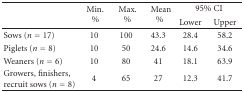
<table><thead><tr><td rowspan="2"></td><td rowspan="2"><b>Min. %</b></td><td rowspan="2"><b>Max. %</b></td><td rowspan="2"><b>Mean %</b></td><td colspan="2"><b>95% CI</b></td></tr><tr><td><b>Lower</b></td><td><b>Upper</b></td></tr></thead><tbody><tr><td>Sows (<i>n</i> = 17)</td><td>10</td><td>100</td><td>43.3</td><td>28.4</td><td>58.2</td></tr><tr><td>Piglets (<i>n</i> = 8)</td><td>10</td><td>50</td><td>24.6</td><td>14.6</td><td>34.6</td></tr><tr><td>Weaners (<i>n</i> = 6)</td><td>10</td><td>80</td><td>41</td><td>18.1</td><td>63.9</td></tr><tr><td>Growers, finishers, recruit sows (<i>n</i> = 8)</td><td>4</td><td>65</td><td>27</td><td>12.3</td><td>41.7</td></tr></tbody></table>